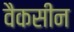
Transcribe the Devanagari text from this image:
वैकसीन